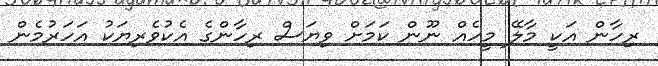
ރިހާން އަކީ މާލޭ މީހެއް ނޫން ކަމަށް ވިޔަސް ރިހާންގެ އެކުވެރިޔަކު އަހަރުމެން